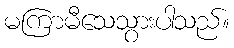
မကြာမီသေသွားပါသည်။